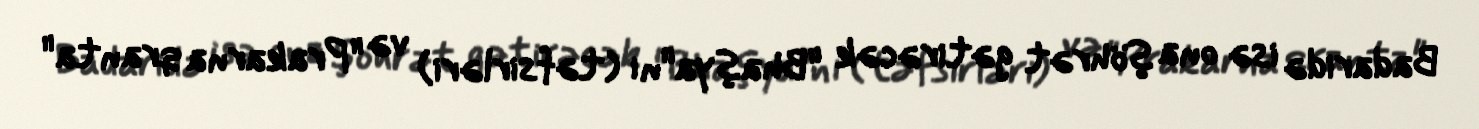
Badaridə isə ona şöhrət gətirəcək "Bhaşya"nı (təfsirləri) və "Prakarna qranta"